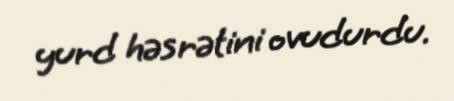
yurd həsrətini ovudurdu.